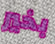
بخير